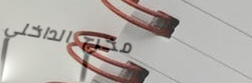
مخرج الداخلي